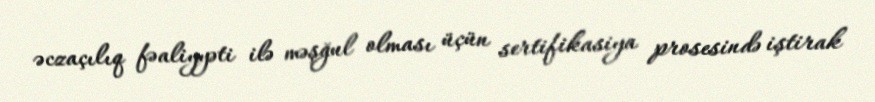
əczaçılıq fəaliyyəti ilə məşğul olması üçün sertifikasiya prosesində iştirak